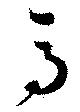
馬